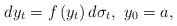
\begin{align*}dy_{t}=f\left( y_{t}\right) d\sigma _{t},\ y_{0}=a,\end{align*}